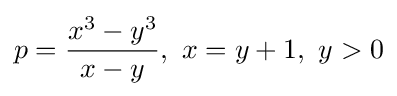
p={\frac {x^{3}-y^{3}}{x-y}},\ x=y+1,\ y>0